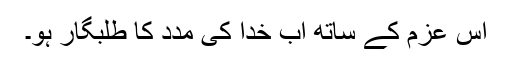
اس عزم کے ساتھ اب خدا کی مدد کا طلبگار ہو۔